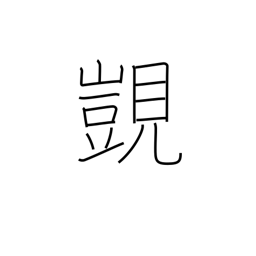
Meaning: coveting high rank